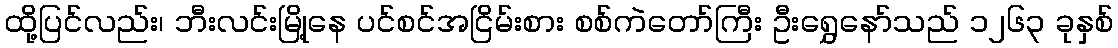
ထို့ပြင်လည်း၊ ဘီးလင်းမြို့နေ ပင်စင်အငြိမ်းစား စစ်ကဲတော်ကြီး ဦးရွှေနော်သည် ၁၂၆၃ ခုနှစ်